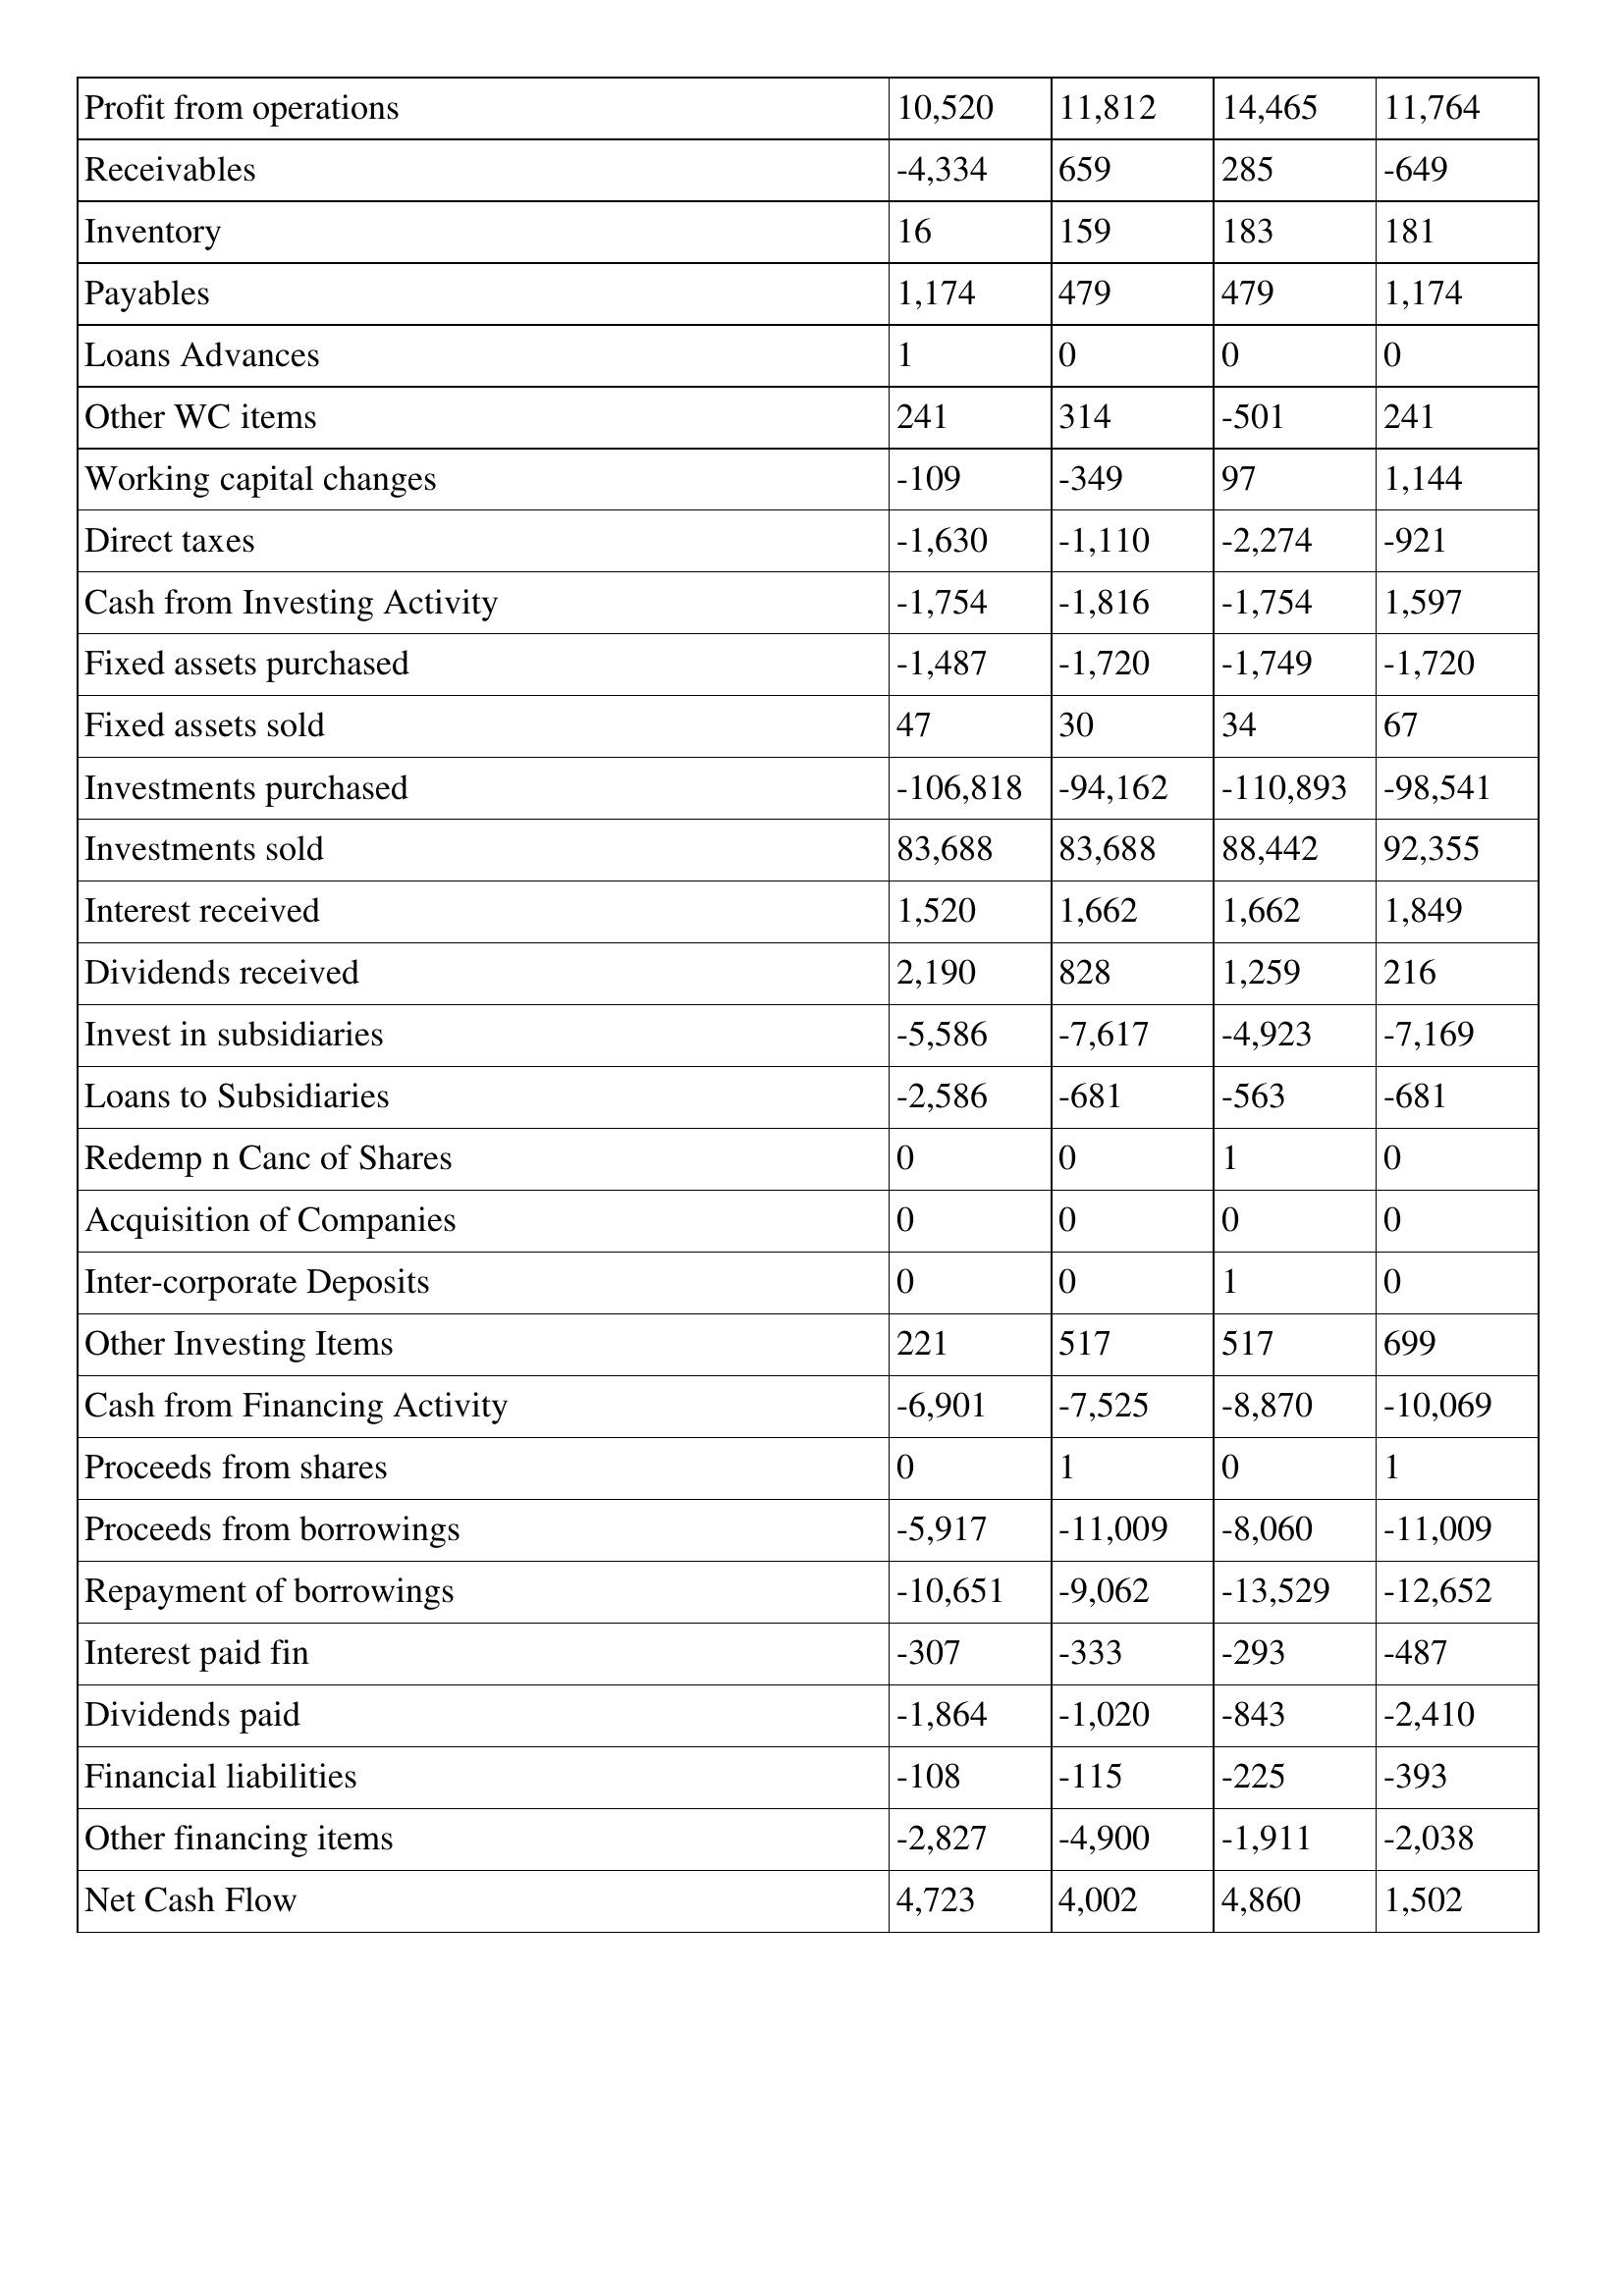
gt_parse: 2005: Cash Flows: Profit from operations: 10,520
Receivables: -4,334
Inventory: 16
Payables: 1,174
Loans Advances: 1
Other WC items: 241
Working capital changes: -109
Direct taxes: -1,630
Cash from Investing Activity: -1,754
Fixed assets purchased: -1,487
Fixed assets sold: 47
Investments purchased: -106,818
Investments sold: 83,688
Interest received: 1,520
Dividends received: 2,190
Invest in subsidiaries: -5,586
Loans to Subsidiaries: -2,586
Redemp n Canc of Shares: 0
Acquisition of Companies: 0
Inter-corporate Deposits: 0
Other Investing Items: 221
Cash from Financing Activity: -6,901
Proceeds from shares: 0
Proceeds from borrowings: -5,917
Repayment of borrowings: -10,651
Interest paid fin: -307
Dividends paid: -1,864
Financial liabilities: -108
Other financing items: -2,827
Net Cash Flow: 4,723
2004: Cash Flows: Profit from operations: 11,812
Receivables: 659
Inventory: 159
Payables: 479
Loans Advances: 0
Other WC items: 314
Working capital changes: -349
Direct taxes: -1,110
Cash from Investing Activity: -1,816
Fixed assets purchased: -1,720
Fixed assets sold: 30
Investments purchased: -94,162
Investments sold: 83,688
Interest received: 1,662
Dividends received: 828
Invest in subsidiaries: -7,617
Loans to Subsidiaries: -681
Redemp n Canc of Shares: 0
Acquisition of Companies: 0
Inter-corporate Deposits: 0
Other Investing Items: 517
Cash from Financing Activity: -7,525
Proceeds from shares: 1
Proceeds from borrowings: -11,009
Repayment of borrowings: -9,062
Interest paid fin: -333
Dividends paid: -1,020
Financial liabilities: -115
Other financing items: -4,900
Net Cash Flow: 4,002
2003: Cash Flows: Profit from operations: 14,465
Receivables: 285
Inventory: 183
Payables: 479
Loans Advances: 0
Other WC items: -501
Working capital changes: 97
Direct taxes: -2,274
Cash from Investing Activity: -1,754
Fixed assets purchased: -1,749
Fixed assets sold: 34
Investments purchased: -110,893
Investments sold: 88,442
Interest received: 1,662
Dividends received: 1,259
Invest in subsidiaries: -4,923
Loans to Subsidiaries: -563
Redemp n Canc of Shares: 1
Acquisition of Companies: 0
Inter-corporate Deposits: 1
Other Investing Items: 517
Cash from Financing Activity: -8,870
Proceeds from shares: 0
Proceeds from borrowings: -8,060
Repayment of borrowings: -13,529
Interest paid fin: -293
Dividends paid: -843
Financial liabilities: -225
Other financing items: -1,911
Net Cash Flow: 4,860
2002: Cash Flows: Profit from operations: 11,764
Receivables: -649
Inventory: 181
Payables: 1,174
Loans Advances: 0
Other WC items: 241
Working capital changes: 1,144
Direct taxes: -921
Cash from Investing Activity: 1,597
Fixed assets purchased: -1,720
Fixed assets sold: 67
Investments purchased: -98,541
Investments sold: 92,355
Interest received: 1,849
Dividends received: 216
Invest in subsidiaries: -7,169
Loans to Subsidiaries: -681
Redemp n Canc of Shares: 0
Acquisition of Companies: 0
Inter-corporate Deposits: 0
Other Investing Items: 699
Cash from Financing Activity: -10,069
Proceeds from shares: 1
Proceeds from borrowings: -11,009
Repayment of borrowings: -12,652
Interest paid fin: -487
Dividends paid: -2,410
Financial liabilities: -393
Other financing items: -2,038
Net Cash Flow: 1,502